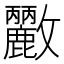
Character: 𭤓